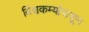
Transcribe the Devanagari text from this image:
विश्वकर्म्यापासून